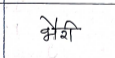
मजकूर: भैरी